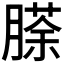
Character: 𮌵